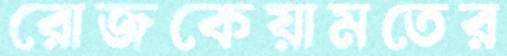
রোজকেয়ামতের